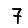
Digit: 7